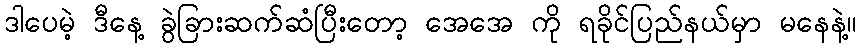
ဒါပေမဲ့ ဒီနေ့ ခွဲခြားဆက်ဆံပြီးတော့ အေအေ ကို ရခိုင်ပြည်နယ်မှာ မနေနဲ့။